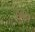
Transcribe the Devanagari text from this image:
ठुबन